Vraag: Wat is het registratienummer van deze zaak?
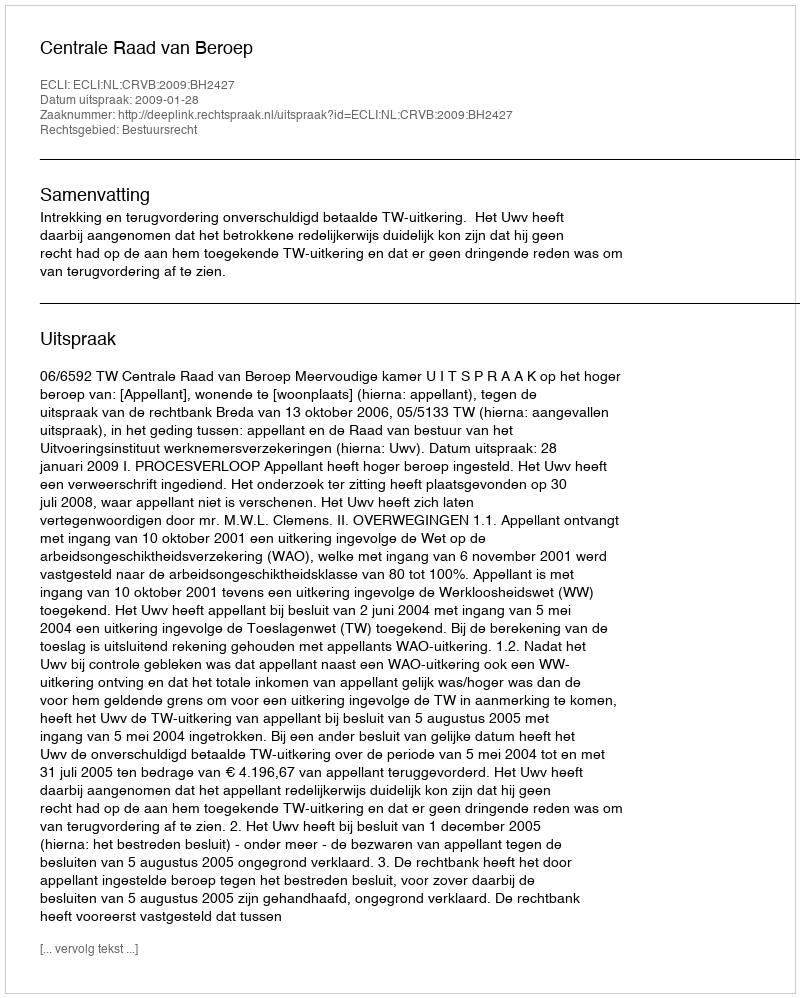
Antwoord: http://deeplink.rechtspraak.nl/uitspraak?id=ECLI:NL:CRVB:2009:BH2427